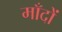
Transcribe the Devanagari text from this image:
माँदों